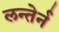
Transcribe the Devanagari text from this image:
लन्तेर्न